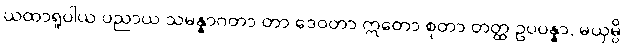
ယထာရူပါယ ပညာယ သမန္နာဂတာ တာ ဒေဝတာ ဣတော စုတာ တတ္ထ ဥပပန္နာ, မယှမ္ပိ